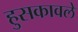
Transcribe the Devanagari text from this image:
हुसकावले